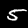
Digit: 5